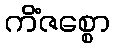
ကိံဇစ္စော